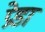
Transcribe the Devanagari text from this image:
प्रेडा